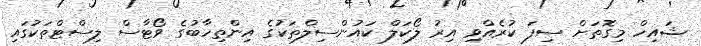
ޝައިހް މިގޮތަށް ސިފަ ކުރެއްވި އިރު ލޯކަލް ކައުންސިލްތަކުގެ އިންތިހާބުގެ ވޯޓާސް ލިސްޓްތަކުގައި